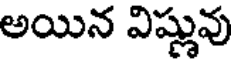
అయిన విష్ణువు